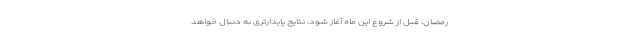
رمضان، قبل از شروع این ماه آغاز شود، نتایج پایدارتری به دنبال خواهد